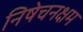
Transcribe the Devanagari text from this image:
निषेचनक्षम